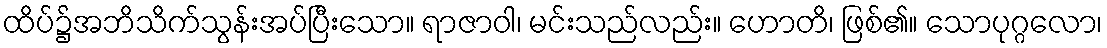
ထိပ်၌အဘိသိက်သွန်းအပ်ပြီးသော။ ရာဇာဝါ၊ မင်းသည်လည်း။ ဟောတိ၊ ဖြစ်၏။ သောပုဂ္ဂလော၊